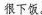
很下饭。